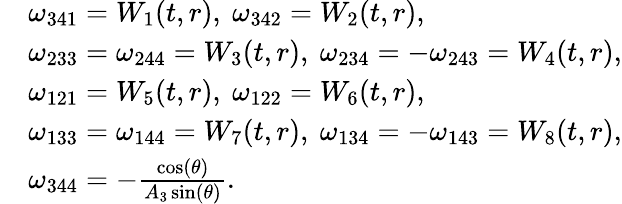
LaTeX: \begin{array}{r}{\begin{array}{rl}&{\omega_{341}=W_{1}(t,r),~\omega_{342}=W_{2}(t,r),}\\ &{\omega_{233}=\omega_{244}=W_{3}(t,r),~\omega_{234}=-\omega_{243}=W_{4}(t,r),}\\ &{\omega_{121}=W_{5}(t,r),~\omega_{122}=W_{6}(t,r),}\\ &{\omega_{133}=\omega_{144}=W_{7}(t,r),~\omega_{134}=-\omega_{143}=W_{8}(t,r),}\\ &{\omega_{344}=-\frac{\cos(\theta)}{A_{3}\sin(\theta)}.}\end{array}}\end{array}